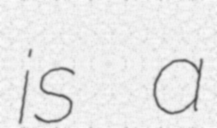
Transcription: is a